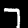
Label: 7